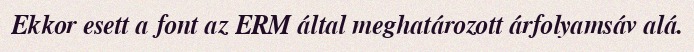
Ekkor esett a font az ERM által meghatározott árfolyamsáv alá.